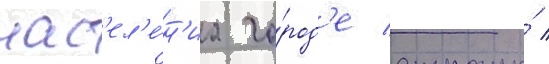
нас'ел'е́н'иа го́род'е страны́ /